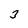
Character: 3